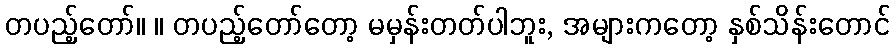
တပည့်တော်။ ။ တပည့်တော်တော့ မမှန်းတတ်ပါဘူး, အများကတော့ နှစ်သိန်းတောင်